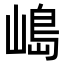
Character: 𡻅